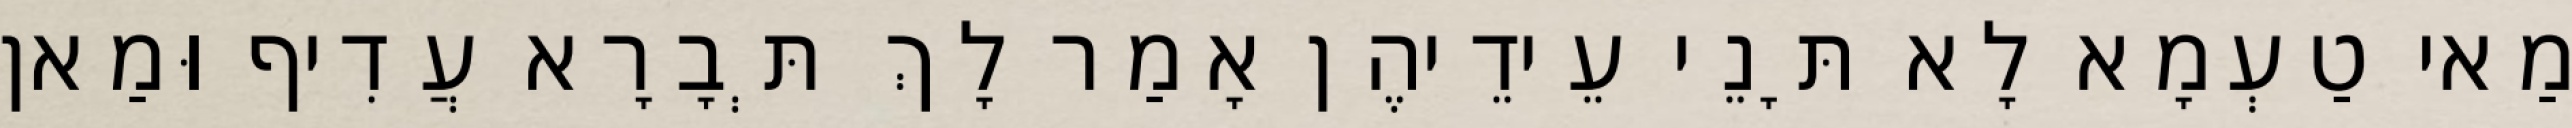
מַאי טַעְמָא לָא תָּנֵי עֵידֵיהֶן אָמַר לָךְ תְּבָרָא עֲדִיף וּמַאן